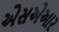
એસએઆર